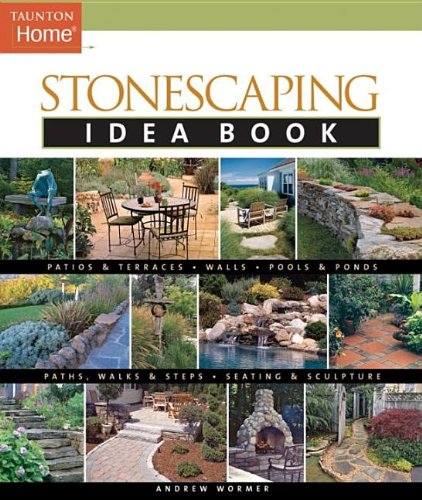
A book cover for Stonescaping Idea Book (Taunton's Idea Book Series); Andrew Wormer; Crafts, Hobbies & Home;